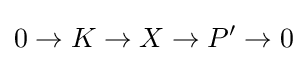
0\rightarrow K\rightarrow X\rightarrow P'\rightarrow 0